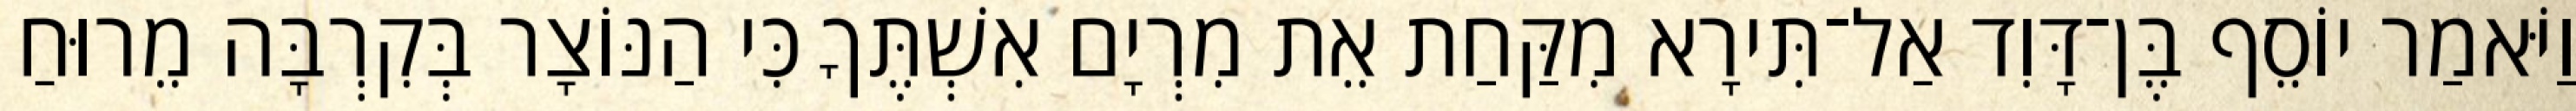
וַיֹּאמַר יוֹסֵף בֶּן־דָּוִד אַל־תִּירָא מִקַּחַת אֵת מִרְיָם אִשְׁתֶּךָ כִּי הַנּוֹצָר בְּקִרְבָּה מֵרוּחַ